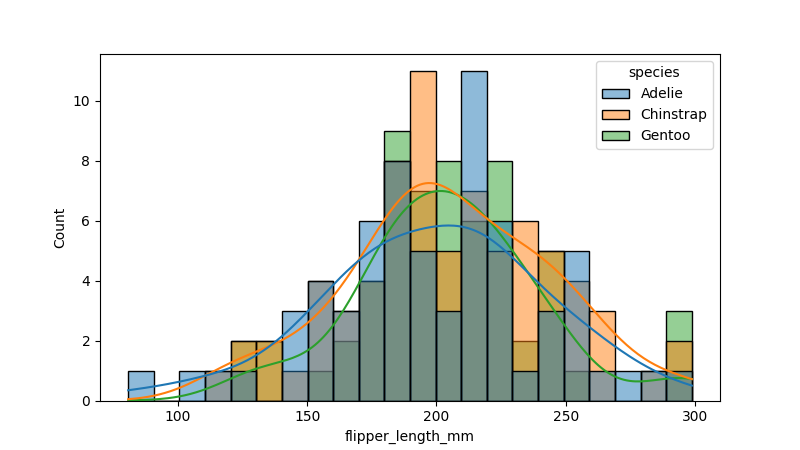
python, seaborn, histplot, hue='species', binwidth=10, bins='auto', element='bars'